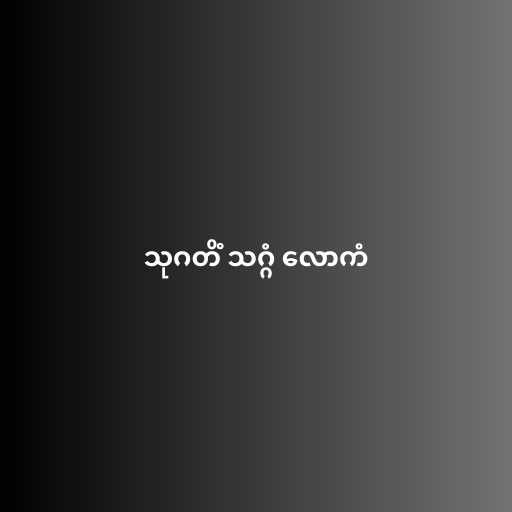
သုဂတိံ သဂ္ဂံ လောကံ